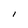
Character: I